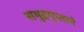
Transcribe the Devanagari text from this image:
समुद्रगुप्ताने